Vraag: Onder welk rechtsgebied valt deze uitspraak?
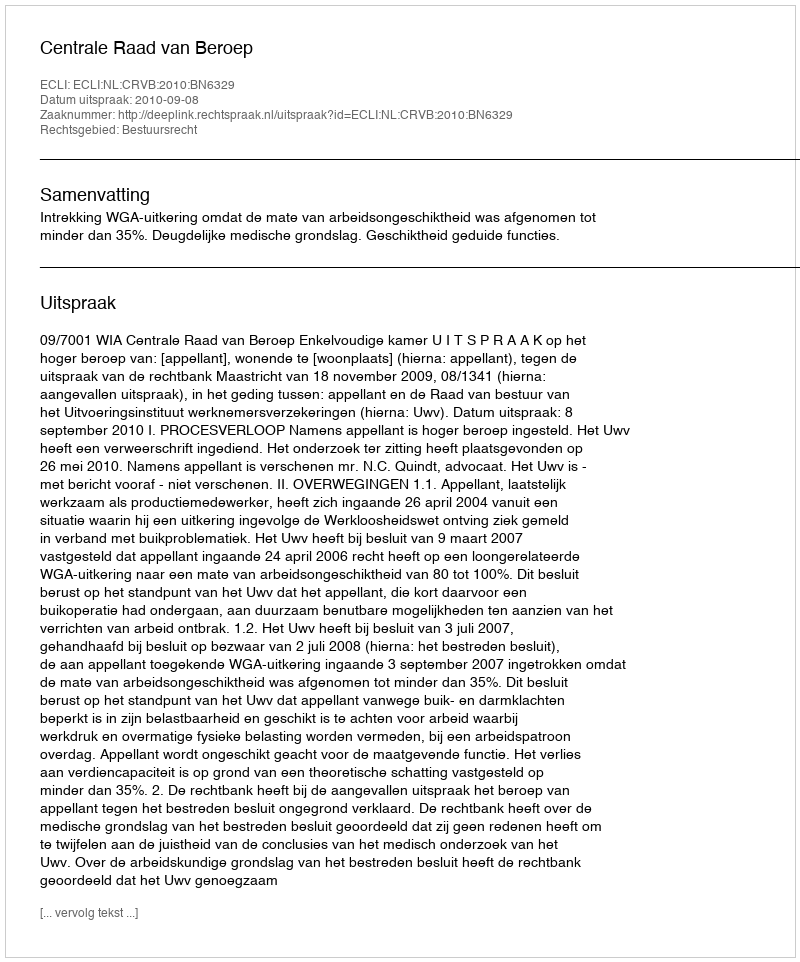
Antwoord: Bestuursrecht